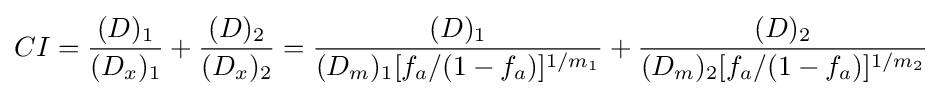
CI={\frac {(D)_{1}}{(D_{x})_{1}}}+{\frac {(D)_{2}}{(D_{x})_{2}}}={\frac {(D)_{1}}{(D_{m})_{1}[f_{a}/(1-f_{a})]^{1/m_{1}}}}+{\frac {(D)_{2}}{(D_{m})_{2}[f_{a}/(1-f_{a})]^{1/m_{2}}}}